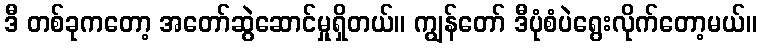
ဒီ တစ်ခုကတော့ အတော်ဆွဲဆောင်မှုရှိတယ်။ ကျွန်တော် ဒီပုံစံပဲရွေးလိုက်တော့မယ်။